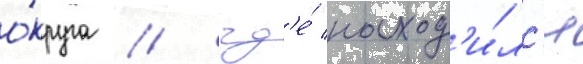
о́круга / гд'е́ наход'и́лс'я